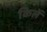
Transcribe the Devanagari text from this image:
किलें